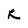
Character: R